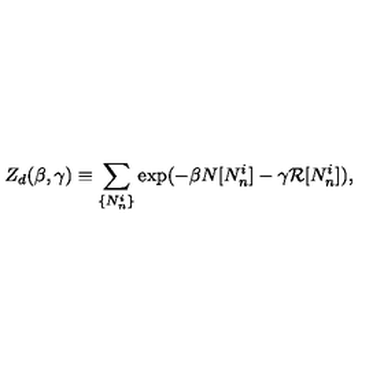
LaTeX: Z _ { d } ( \beta , \gamma ) \equiv \sum _ { \{ N _ { n } ^ { i } \} } \exp ( - \beta N [ N _ { n } ^ { i } ] - \gamma { \cal R } [ N _ { n } ^ { i } ] ) ,